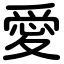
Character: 愛